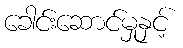
ခေါင်းဆောင်မှုနှင့်